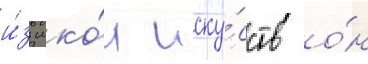
и́з шко́л иску́сств о́н